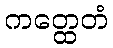
ကတ္ထေတံ